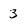
Character: 3